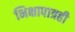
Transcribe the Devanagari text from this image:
भिक्षापात्रही